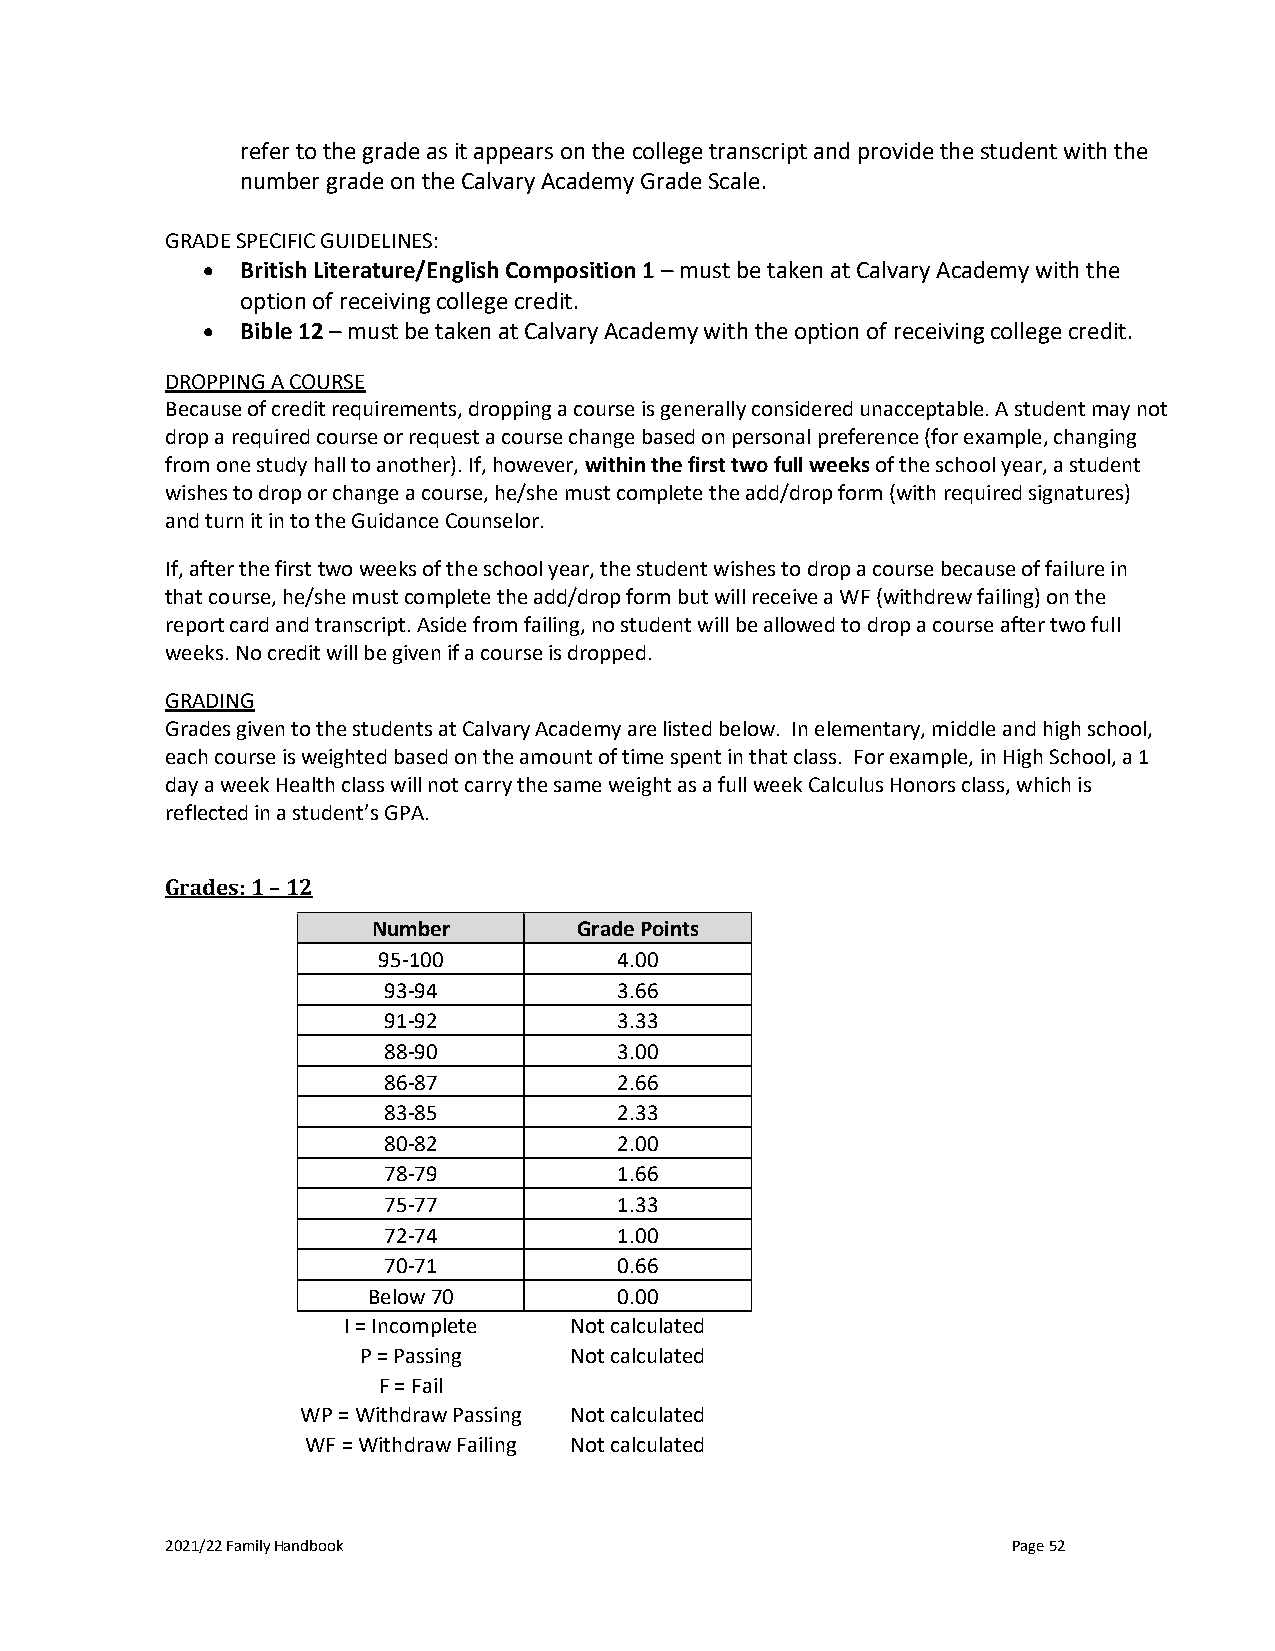
refer to the grade as it appears on the college transcript and provide the student with the
 number grade on the Calvary Academy Grade Scale.
 GRADE SPECIFIC GUIDELINES:
 •  British Literature/English Composition 1 – must be taken at Calvary Academy with the
 option of receiving college credit.
 •  Bible 12 – must be taken at Calvary Academy with the option of receiving college credit.
 DROPPING A COURSE
 Because of credit requirements, dropping a course is generally considered unacceptable. A student may not
 drop a required course or request a course change based on personal preference (for example, changing
 from one study hall to another). If, however, within the first two full weeks of the school year, a student
 wishes to drop or change a course, he/she must complete the add/drop form (with required signatures)
 and turn it in to the Guidance Counselor.
 If, after the first two weeks of the school year, the student wishes to drop a course because of failure in
 that course, he/she must complete the add/drop form but will receive a WF (withdrew failing) on the
 report card and transcript. Aside from failing, no student will be allowed to drop a course after two full
 weeks. No credit will be given if a course is dropped.
 GRADING
 Grades given to the students at Calvary Academy are listed below. In elementary, middle and high school,
 each course is weighted based on the amount of time spent in that class. For example, in High School, a 1
 day a week Health class will not carry the same weight as a full week Calculus Honors class, which is
 reflected in a student’s GPA.
 Grades: 1 – 12
 Number       Grade Points
 95-100          4.00
 93-94           3.66
 91-92           3.33
 88-90           3.00
 86-87           2.66
 83-85           2.33
 80-82           2.00
 78-79           1.66
 75-77           1.33
 72-74           1.00
 70-71           0.66
 Below 70         0.00
 I = Incomplete Not calculated
 P = Passing   Not calculated
 F = Fail
 WP = Withdraw Passing Not calculated
 WF = Withdraw Failing Not calculated
 2021/22 Family Handbook                                 Page 52